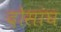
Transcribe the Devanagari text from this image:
दोसांघ